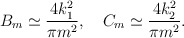
\begin{align*}B_m\simeq\frac{4k^2_1}{\pi m^2}, \ \ \ C_m\simeq\frac{4k^2_2}{\pi m^2}.\end{align*}